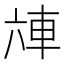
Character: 𰹌